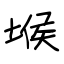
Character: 堠